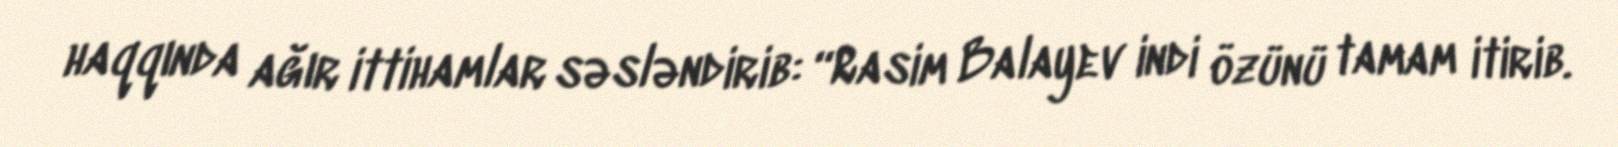
haqqında ağır ittihamlar səsləndirib: “Rasim Balayev indi özünü tamam itirib.